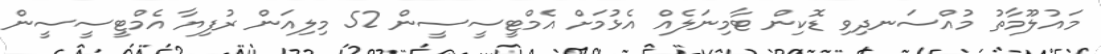
މައުލޫމާތު މުއްސަނދިވި ޑޮކިން ޓާމިނަލެއް އެޅުމަށް އެމްޓީސީސީން 52 މިލިއަން ރުފިޔާ އެމްޓީސީސީން